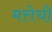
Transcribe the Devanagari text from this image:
मत्तेची